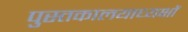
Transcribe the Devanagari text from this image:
पुस्तकालयाध्यक्षों